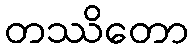
တဿိတော